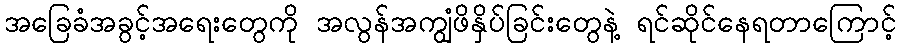
အခြေခံအခွင့်အရေးတွေကို အလွန်အကျွံဖိနှိပ်ခြင်းတွေနဲ့ ရင်ဆိုင်နေရတာကြောင့်